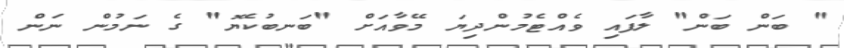
" ބަން ބަން" ލާފައި ވެއްޓެމުންދިޔަ މޭވާއަށް "ބަނބުކެޔޮ" ގެ ނަމުން ނަން